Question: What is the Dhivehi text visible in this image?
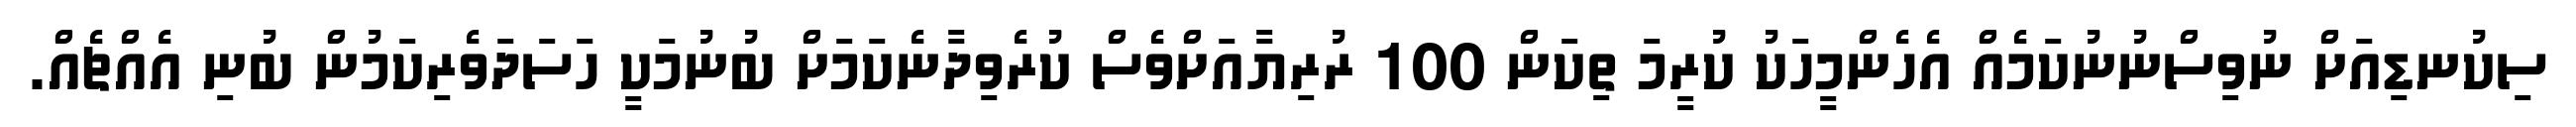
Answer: ސިކުނޑިއަށް ނުވިސްނުނުކަމެއް އެހެންމީހަކު ކުރީމަ ތިކަން 100 ރުރިޔާއަށްވެސް ކުރެވިދާނެކަމަށް ބުނުމަކީ ހަސަދަވެރިކަމުން ބުނި އެއްޗެއް.